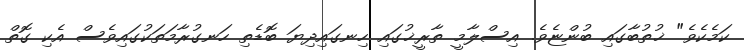
ކަމެކެވެ" ޚުތުބާގައި ބުންޏެވެ. އިސްލާމީ ތާރީޚުގައި ހިނގައިދިޔަ ބޮޑެތި ހަނގުރާމަތަކުގައިވެސް އެކި ގޮތް